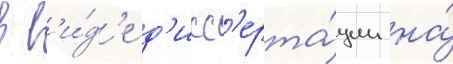
в в'и́д'е д'исс'ерта́ции на́